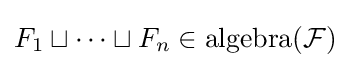
F_{1}\sqcup \cdots \sqcup F_{n}\in \operatorname {algebra} ({\mathcal {F}})